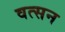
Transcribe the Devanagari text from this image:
वत्सन